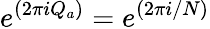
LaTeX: e^{(2\pi iQ_{a})}=e^{(2\pi i/N)}